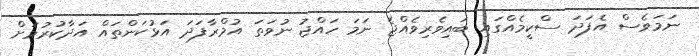
ނަމަވެސް އެފަދަ ސްކީމެއްގައި ބައިވެރިވެއްޖެ ނަމަ ހައްޖު ނުވަތަ އުމްރާފަދަ އަޅުކަންތައް އަދާކުރުމަށް